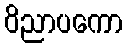
ဝိညာပကော